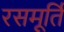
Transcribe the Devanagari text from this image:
रसमूर्ति